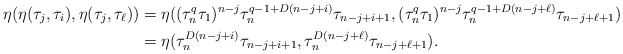
\begin{align*}\eta(\eta(\tau_j, \tau_i),\eta(\tau_j,\tau_\ell))&= \eta((\tau_n^q\tau_1)^{n-j}\tau_n^{q-1+D(n-j+i)} \tau_{{n-j+i+1}},(\tau_n^q\tau_1)^{n-j}\tau_n^{q-1+D(n-j+\ell)} \tau_{{n-j+\ell+1}})\\ &=\eta(\tau_n^{D(n-j+i)} \tau_{{n-j+i+1}},\tau_n^{D(n-j+\ell)} \tau_{{n-j+\ell+1}}). \end{align*}